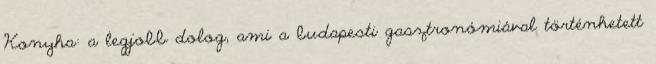
Konyha: a legjobb dolog, ami a budapesti gasztronómiával történhetett